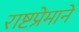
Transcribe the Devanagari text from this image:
राष्टप्रेमाने